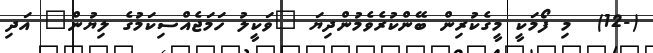
(-12)  މި ފޯމަކީ މީގެކުރިން ބޭންކުރެވެމުންދިޔަ "ވަކީލު ހަމަޖެއްސިކަމުގެ ލިޔުން" އަދި